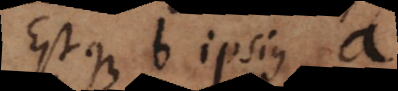
Estque [ a ipsius b